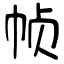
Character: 帧